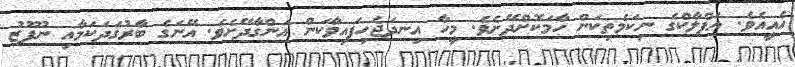
އެއީއެވެ. އަފްލާކްގެ ނިކަމެތިކަން ހާމަކޮށްދޭށެވެ. މީހާ އިނދަޖެހިފައިވާކަން އަންގާދޭށެވެ. އޭނަގެ ބާރުގަދަކަމާއި ނުފޫޒު